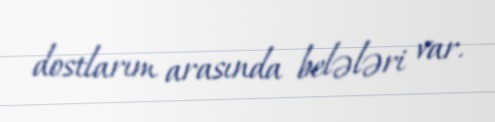
dostlarım arasında belələri var.